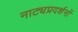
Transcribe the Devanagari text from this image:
नाट्यप्रदर्शनों